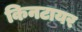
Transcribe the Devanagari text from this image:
किनटायर